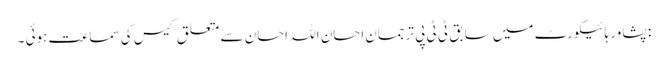
: پشاور ہائیکورٹ میں سابق ٹی ٹی پی ترجمان احسان اللہ احسان سے متعلق کیس کی سماعت ہوئی ۔